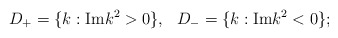
\begin{align*}D_+=\{ k: {\rm Im} k^2>0\}, \ \ D_-=\{ k: {\rm Im} k^2<0\};\end{align*}